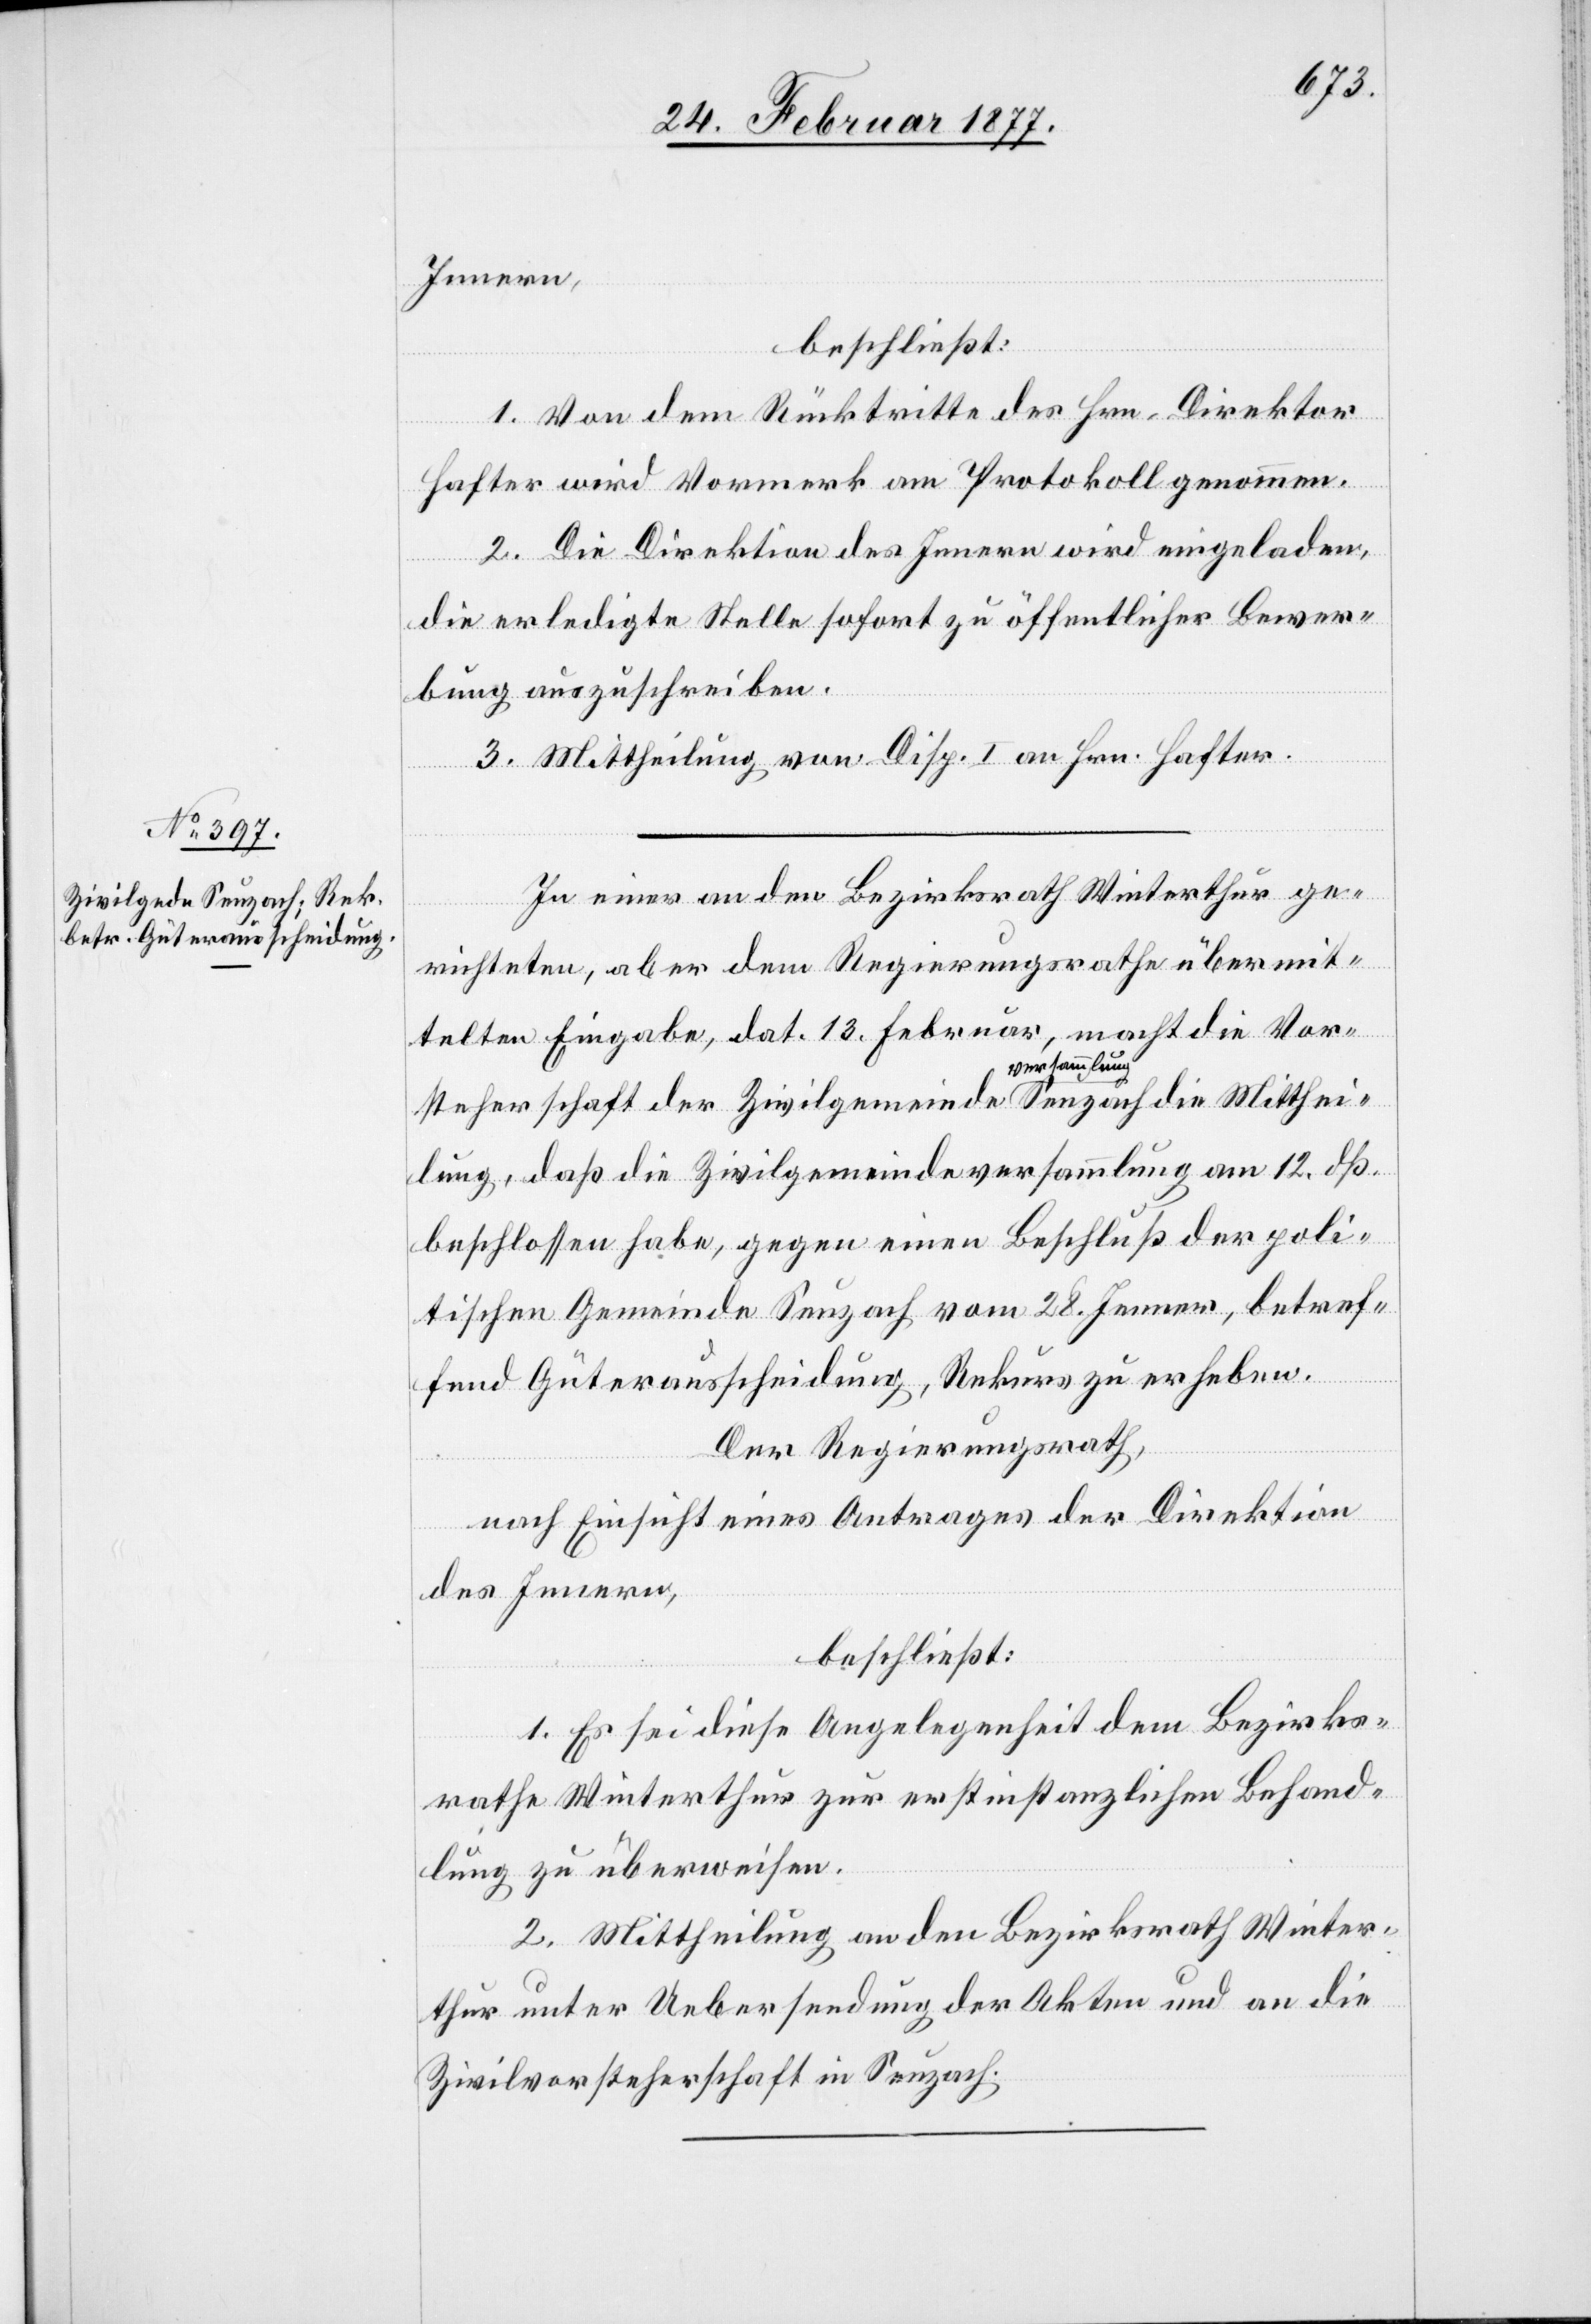
Innern,
beschließt:
1. Von dem Rücktritte des Hrn. Direktor
Hafter wird Vormerk am Protokoll genommen.
2. Die Direktion des Innern wird eingeladen,
die erledigte Stelle sofort zu öffentlicher Bewer¬
bung auszuschreiben.
3. Mittheilung von Disp. I an Hrn. Hafter.
In einer an den Bezirksrath Winterthur ge¬
richteten, aber dem Regierungsrathe übermit¬
telten Eingabe, dat. 13. Februar, macht die Vor¬
steherschaft der Zivilgemeindeversammlung Seuzach die Mitthei¬
lung, daß die Zivilgemeindeversammlung am 12. dß.
beschlossen habe, gegen einen Beschluß der poli¬
tischen Gemeinde Seuzach vom 28. Jenner, betref¬
fend Güterausscheidung, Rekurs zu erheben.
Der Regierungsrath,
nach Einsicht eines Antrages der Direktion
des Innern,
beschließt:
1. Es sei diese Angelegenheit dem Bezirks¬
rathe Winterthur zur erstinstanzlichen Behand¬
lung zu überweisen.
2. Mittheilung an den Bezirksrath Winter¬
thur unter Uebersendung der Akten und an die
Zivilvorsteherschaft in Seuzach.